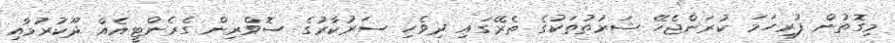
މިގޮތުން ފުރިހަމަ ކުރަންޖެހޭ ޝަރުތުތަކުގެ ތެރޭގައި ދިވެހި ސަރުކާރުގެ ސޮވްރިން ގެރެންޓީއެއް ދޫކުރުމާއި